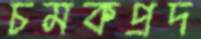
চমকপ্রদ